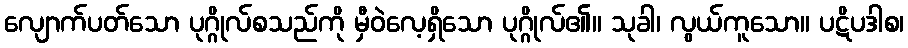
လျောက်ပတ်သော ပုဂ္ဂိုလ်စသည်ကို မှီဝဲလေ့ရှိသော ပုဂ္ဂိုလ်၏။ သုခါ၊ လွယ်ကူသော။ ပဋိပဒါစ၊